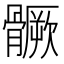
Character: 𩪗